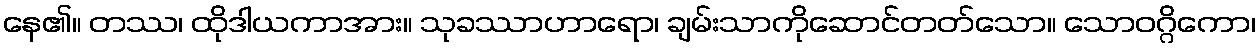
နေ၏။ တဿ၊ ထိုဒါယကာအား။ သုခဿာဟာရော၊ ချမ်းသာကိုဆောင်တတ်သော။ သောဝဂ္ဂိကော၊